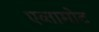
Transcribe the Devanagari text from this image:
एव्तामोट